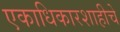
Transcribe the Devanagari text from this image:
एकाधिकारशाहीचे